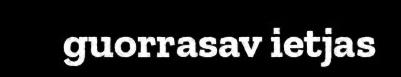
guorrasav ietjas